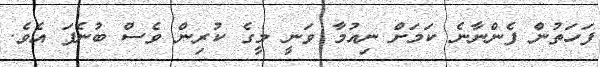
ފަހަތުން ފެންނާނެ ކަމަށް ނިއުމާ ވަނީ މީގެ ކުރިން ވެސް ބުނެފަ އެވެ.